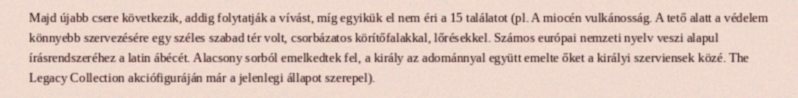
Majd újabb csere következik, addig folytatják a vívást, míg egyikük el nem éri a 15 találatot (pl. A miocén vulkánosság. A tető alatt a védelem könnyebb szervezésére egy széles szabad tér volt, csorbázatos körítőfalakkal, lőrésekkel. Számos európai nemzeti nyelv veszi alapul írásrendszeréhez a latin ábécét. Alacsony sorból emelkedtek fel, a király az adománnyal együtt emelte őket a királyi szerviensek közé. The Legacy Collection akciófiguráján már a jelenlegi állapot szerepel).